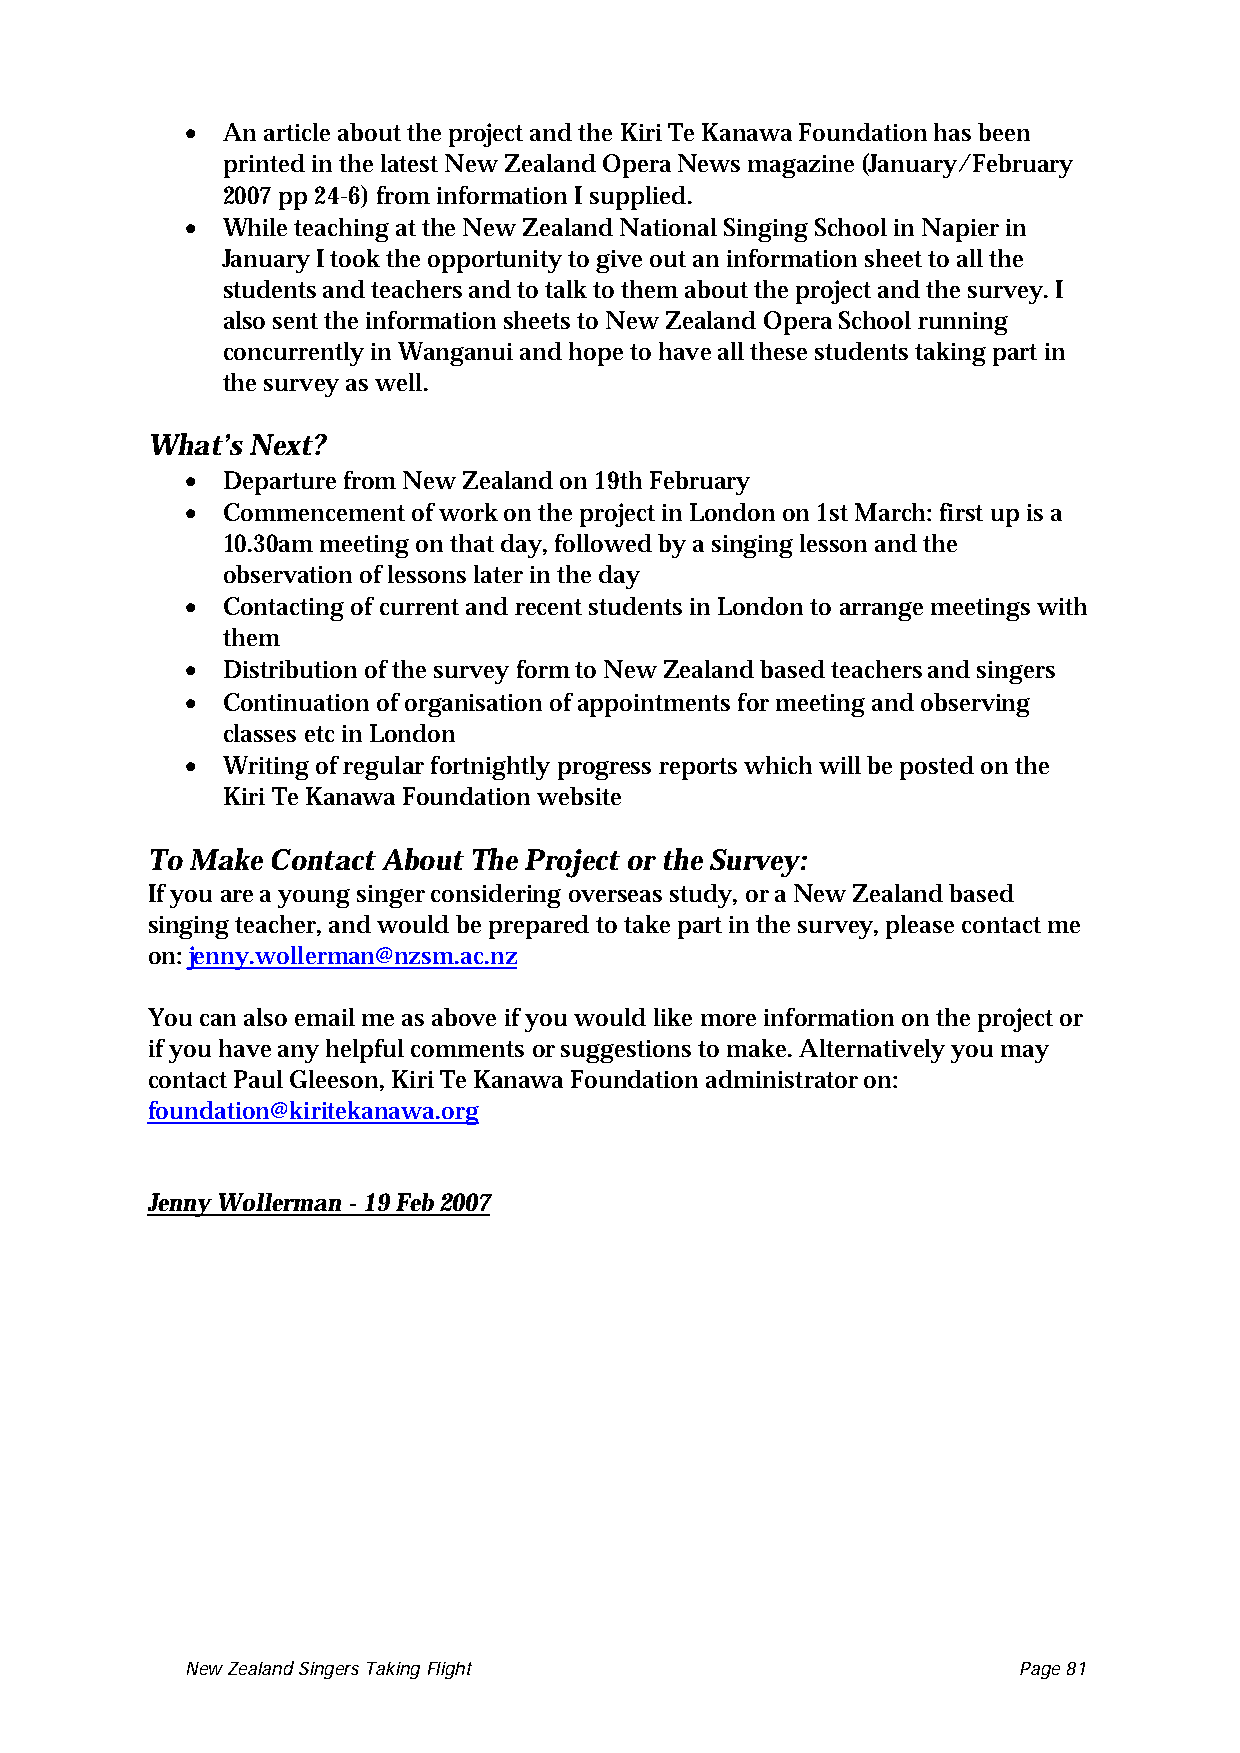
•
 An article about the project and the Kiri Te Kanawa Foundation has been
 printed in the latest New Zealand Opera News magazine (January/February
 2007 pp 24-6) from information I supplied.
 •
 While teaching at the New Zealand National Singing School in Napier in
 January I took the opportunity to give out an information sheet to all the
 students and teachers and to talk to them about the project and the survey. I
 also sent the information sheets to New Zealand Opera School running
 concurrently in Wanganui and hope to have all these students taking part in
 the survey as well.
 What’s Next?
 •
 Departure from New Zealand on 19th February
 •
 Commencement of work on the project in London on 1st March: first up is a
 10.30am meeting on that day, followed by a singing lesson and the
 observation of lessons later in the day
 •
 Contacting of current and recent students in London to arrange meetings with
 them
 •
 Distribution of the survey form to New Zealand based teachers and singers
 •
 Continuation of organisation of appointments for meeting and observing
 classes etc in London
 •
 Writing of regular fortnightly progress reports which will be posted on the
 Kiri Te Kanawa Foundation website
 To Make Contact About The Project or the Survey:
 If you are a young singer considering overseas study, or a New Zealand based
 singing teacher, and would be prepared to take part in the survey, please contact me
 on: jenny.wollerman@nzsm.ac.nz
 You can also email me as above if you would like more information on the project or
 if you have any helpful comments or suggestions to make. Alternatively you may
 contact Paul Gleeson, Kiri Te Kanawa Foundation administrator on:
 foundation@kiritekanawa.org
 Jenny Wollerman - 19 Feb 2007
 New Zealand Singers Taking Flight Page 81